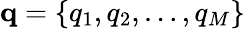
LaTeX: \mathbf{q}=\{ q_{1},q_{2},\dots,q_{M}\}